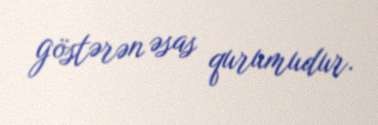
göstərən əsas qurumudur.